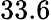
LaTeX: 33.6